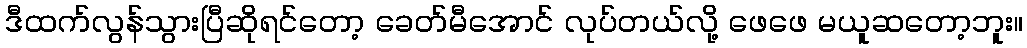
ဒီထက်လွန်သွားပြီဆိုရင်တော့ ခေတ်မီအောင် လုပ်တယ်လို့ ဖေဖေ မယူဆတော့ဘူး။